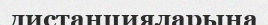
дистанцияларына